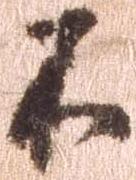
不